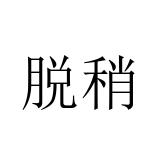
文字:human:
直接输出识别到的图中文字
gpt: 脱稍